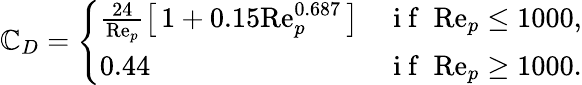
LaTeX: \mathbb{C}_{D}=\left\{ \begin{array}{ll}{\frac{24}{\mathrm{Re}_{p}}\left[\, 1+0.15\mathrm{Re}_{p}^{0.687}\, \right]}&{\mathrm{~i~f~}\; \mathrm{Re}_{p}\leq 1000,}\\ {0.44}&{\mathrm{~i~f~}\; \mathrm{Re}_{p}\geq 1000.}\end{array}\right.